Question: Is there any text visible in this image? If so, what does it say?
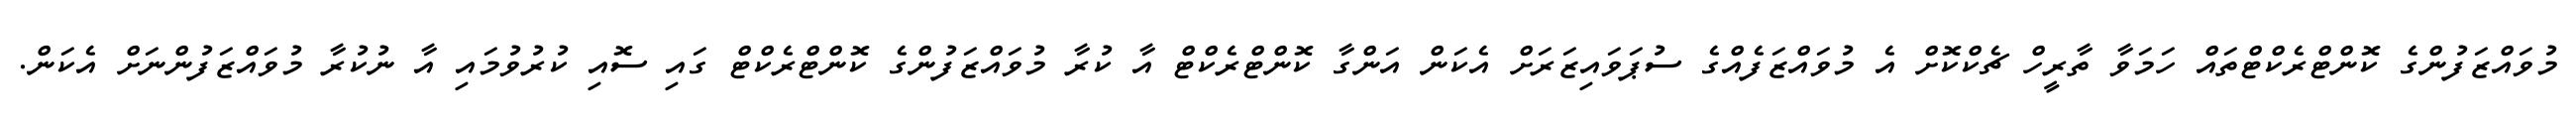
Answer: މުވައްޒަފުންގެ ކޮންޓްރެކްޓްތައް ހަމަވާ ތާރީހް ޗެކްކޮށް އެ މުވައްޒަފެއްގެ ސުޕަވައިޒަރަށް އެކަން އަންގާ ކޮންޓްރެކްޓް އާ ކުރާ މުވައްޒަފުންގެ ކޮންޓްރެކްޓް ގައި ސޮއި ކުރުވުމައި އާ ނުކުރާ މުވައްޒަފުންނަށް އެކަން.